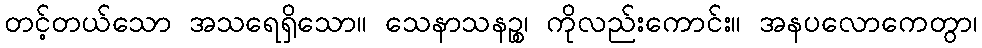
တင့်တယ်သော အသရေရှိသော။ သေနာသနဉ္စ၊ ကိုလည်းကောင်း။ အနပလောကေတွာ၊